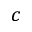
c